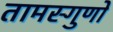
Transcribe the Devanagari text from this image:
तामस्गुणों